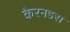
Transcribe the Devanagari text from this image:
कैरनडस